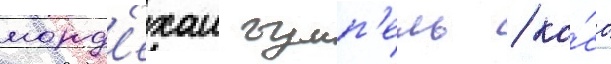
морд'ехаи гумп'ель / ко́со